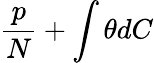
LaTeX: \frac{p}{N}+\int\theta dC